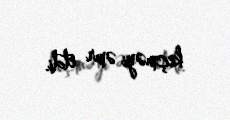
keçməyi əmr etdi.